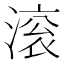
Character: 滚